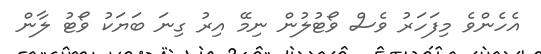
އެހެންވެ މިފަހަރު ވެސް ވޯޓުލުން ނިމޭ އިރު ގިނަ ބަޔަކު ވޯޓު ލާން